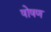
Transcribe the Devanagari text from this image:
षोषण